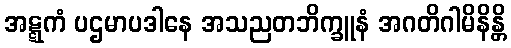
အဋ္ဋကံ ပဌမာပဒါနေ အသညတဘိက္ခူနံ အဂတိဂါမိနိန္တိ